Vaccination report Assam 1896-1927 - 1896-1927
Year: 1896
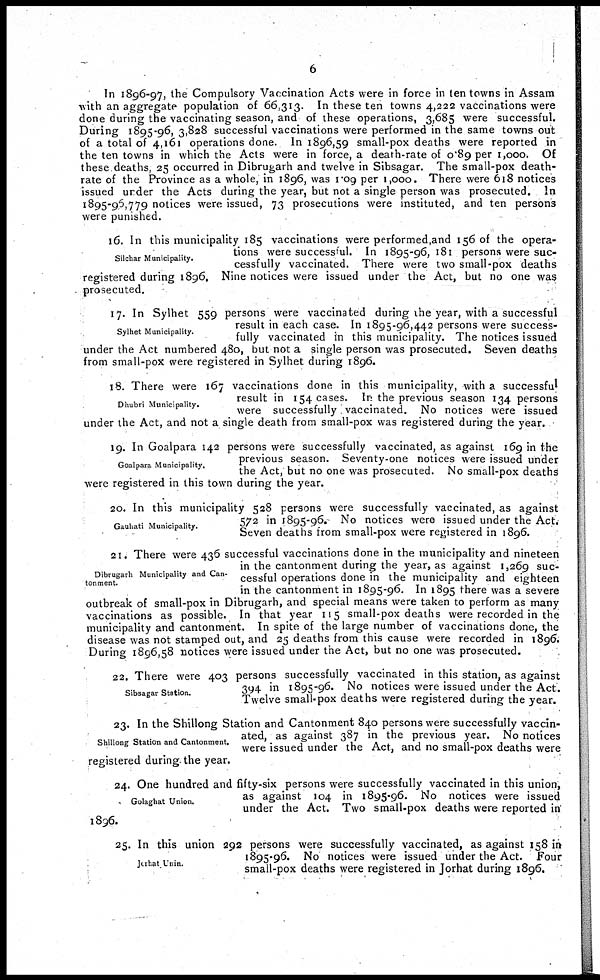
6
In 1896-97, the Compulsory Vaccination Acts were in force in ten towns in Assam
with an aggregate population of 66,313. In these ten towns 4,222 vaccinations were
done during the vaccinating season, and of these operations, 3,685 were successful.
During 1895-96, 3,828 successful vaccinations were performed in the same towns out
of a total of 4,161 operations done. In 1896,59 small-pox deaths were reported in
the ten towns in which the Acts were in force, a death-rate of 0.89 per 1,000. Of
these deaths, 25 occurred in Dibrugarh and twelve in Sibsagar. The small-pox death-
rate of the Province as a whole, in 1896, was 1.09 per 1,000. There were 618 notices
issued under the Acts during the year, but not a single person was prosecuted. In
1895-96, 779 notices were issued, 73 prosecutions were instituted, and ten persons
were punished.
Silchar Municipality.
16. In this municipality 185 vaccinations were performed and 156 of the opera-
tions were successful. In 1895-96, 181 persons were suc-
cessfully vaccinated. There were two small-pox deaths
registered during 1896. Nine notices were issued under the Act, but no one was
prosecuted.
Sylhet Municipality.
17. In Sylhet 559 persons were vaccinated during the year, with a successful
result in each case. In 1895-96,442 persons were success-
fully vaccinated in this municipality. The notices issued
under the Act numbered 480, but not a single person was prosecuted. Seven deaths
from small-pox were registered in Sylhet during 1896.
Dhubri Municipality.
18. There were 167 vaccinations done in this municipality, with a successful
result in 154 cases. In the previous season 134 persons
were successfully vaccinated. No notices were issued
under the Act, and not a single death from small-pox was registered during the year.
Goalpara Municipality.
19. In Goalpara 142 persons were successfully vaccinated, as against 169 in the
previous season. Seventy-one notices were issued under
the Act, but no one was prosecuted. No small-pox deaths
were registered in this town during the year.
Gauhati Municipality.
20. In this municipality 528 persons were successfully vaccinated, as against
572 in 1895-96. No notices were issued under the Act.
Seven deaths from small-pox were registered in 1896.
Dibrugarh Municipality and Can-
tonment.
21. There were 436 successful vaccinations done in the municipality and nineteen
in the cantonment during the year, as against 1,269 suc¬
cessful operations done in the municipality and eighteen
in the cantonment in 1895-96. In 1895 there was a severe
outbreak of small-pox in Dibrugarh, and special means were taken to perform as many
vaccinations as possible. In that year 115 small-pox deaths were recorded in the
municipality and cantonment. In spite of the large number of vaccinations done, the
disease was not stamped out, and 25 deaths from this cause were recorded in 1896.
During 1896,58 notices were issued under the Act, but no one was prosecuted.
Sibsagar Station.
22. There were 403 persons successfully vaccinated in this station, as against
394 in 1895-96. No notices were issued under the Act.
Twelve small-pox deaths were registered during the year.
Shillong Station and Cantonment.
23. In the Shillong Station and Cantonment 840 persons were successfully vaccin-
ated, as against 387 in the previous year. No notices
were issued under the Act, and no small-pox deaths were
registered during the year.
Golaghat Union.
24. One hundred and fifty-six persons were successfully vaccinated in this union;
as against 104 in 1895-96. No notices were issued
under the Act. Two small-pox deaths were reported in'
1896.
Jorhat Unin.
25. In this union 292 persons were successfully vaccinated, as against 158 in
1895-96. No notices were issued under the Act. Four
small-pox deaths were registered in Jorhat during 1896.